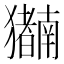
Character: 𬍍